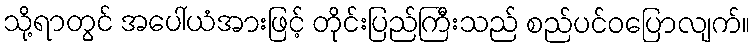
သို့ရာတွင် အပေါ်ယံအားဖြင့် တိုင်းပြည်ကြီးသည် စည်ပင်ဝပြောလျက်။